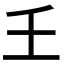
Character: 𡈼